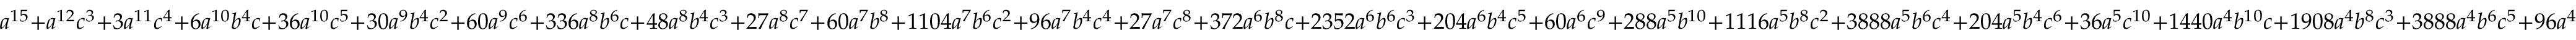
a ^ { 1 5 } + a ^ { 1 2 } c ^ { 3 } + 3 a ^ { 1 1 } c ^ { 4 } + 6 a ^ { 1 0 } b ^ { 4 } c + 3 6 a ^ { 1 0 } c ^ { 5 } + 3 0 a ^ { 9 } b ^ { 4 } c ^ { 2 } + 6 0 a ^ { 9 } c ^ { 6 } + 3 3 6 a ^ { 8 } b ^ { 6 } c + 4 8 a ^ { 8 } b ^ { 4 } c ^ { 3 } + 2 7 a ^ { 8 } c ^ { 7 } + 6 0 a ^ { 7 } b ^ { 8 } + 1 1 0 4 a ^ { 7 } b ^ { 6 } c ^ { 2 } + 9 6 a ^ { 7 } b ^ { 4 } c ^ { 4 } + 2 7 a ^ { 7 } c ^ { 8 } + 3 7 2 a ^ { 6 } b ^ { 8 } c + 2 3 5 2 a ^ { 6 } b ^ { 6 } c ^ { 3 } + 2 0 4 a ^ { 6 } b ^ { 4 } c ^ { 5 } + 6 0 a ^ { 6 } c ^ { 9 } + 2 8 8 a ^ { 5 } b ^ { 1 0 } + 1 1 1 6 a ^ { 5 } b ^ { 8 } c ^ { 2 } + 3 8 8 8 a ^ { 5 } b ^ { 6 } c ^ { 4 } + 2 0 4 a ^ { 5 } b ^ { 4 } c ^ { 6 } + 3 6 a ^ { 5 } c ^ { 1 0 } + 1 4 4 0 a ^ { 4 } b ^ { 1 0 } c + 1 9 0 8 a ^ { 4 } b ^ { 8 } c ^ { 3 } + 3 8 8 8 a ^ { 4 } b ^ { 6 } c ^ { 5 } + 9 6 a ^ { 4 } b ^ { 4 } c ^ { 7 } + 3 a ^ { 4 } c ^ { 1 1 } + 3 2 a ^ { 3 } b ^ { 1 2 } + 2 8 8 0 a ^ { 3 } b ^ { 1 0 } c ^ { 2 } + 1 9 0 8 a ^ { 3 } b ^ { 8 } c ^ { 4 } + 2 3 5 2 a ^ { 3 } b ^ { 6 } c ^ { 6 } + 4 8 a ^ { 3 } b ^ { 4 } c ^ { 8 } + a ^ { 3 } c ^ { 1 2 } + 9 6 a ^ { 2 } b ^ { 1 2 } c + 2 8 8 0 a ^ { 2 } b ^ { 1 0 } c ^ { 3 } + 1 1 1 6 a ^ { 2 } b ^ { 8 } c ^ { 5 } + 1 1 0 4 a ^ { 2 } b ^ { 6 } c ^ { 7 } + 3 0 a ^ { 2 } b ^ { 4 } c ^ { 9 } + 9 6 a b ^ { 1 2 } c ^ { 2 } + 1 4 4 0 a b ^ { 1 0 } c ^ { 4 } + 3 7 2 a b ^ { 8 } c ^ { 6 } + 3 3 6 a b ^ { 6 } c ^ { 8 } + 6 a b ^ { 4 } c ^ { 1 0 } + 3 2 b ^ { 1 2 } c ^ { 3 } + 2 8 8 b ^ { 1 0 } c ^ { 5 } + 6 0 b ^ { 8 } c ^ { 7 } + c ^ { 1 5 }